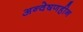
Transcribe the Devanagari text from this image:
अन्वेषणहीन